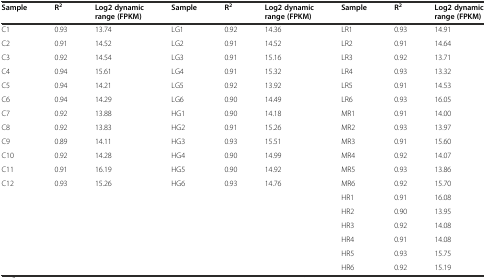
<table><thead><tr><td><b>Sample</b></td><td><b>R<sup>2</sup></b></td><td><b>Log2 dynamic range (FPKM)</b></td><td><b>Sample</b></td><td><b>R<sup>2</sup></b></td><td><b>Log2 dynamic range (FPKM)</b></td><td><b>Sample</b></td><td><b>R<sup>2</sup></b></td><td><b>Log2 dynamic range (FPKM)</b></td></tr></thead><tbody><tr><td>C1</td><td>0.93</td><td>13.74</td><td>LG1</td><td>0.92</td><td>14.36</td><td>LR1</td><td>0.93</td><td>14.91</td></tr><tr><td>C2</td><td>0.91</td><td>14.52</td><td>LG2</td><td>0.91</td><td>14.52</td><td>LR2</td><td>0.91</td><td>14.64</td></tr><tr><td>C3</td><td>0.92</td><td>14.54</td><td>LG3</td><td>0.91</td><td>15.16</td><td>LR3</td><td>0.92</td><td>13.71</td></tr><tr><td>C4</td><td>0.94</td><td>15.61</td><td>LG4</td><td>0.91</td><td>15.32</td><td>LR4</td><td>0.93</td><td>13.32</td></tr><tr><td>C5</td><td>0.94</td><td>14.21</td><td>LG5</td><td>0.92</td><td>13.92</td><td>LR5</td><td>0.91</td><td>14.53</td></tr><tr><td>C6</td><td>0.94</td><td>14.29</td><td>LG6</td><td>0.90</td><td>14.49</td><td>LR6</td><td>0.93</td><td>16.05</td></tr><tr><td>C7</td><td>0.92</td><td>13.88</td><td>HG1</td><td>0.90</td><td>14.18</td><td>MR1</td><td>0.91</td><td>14.00</td></tr><tr><td>C8</td><td>0.92</td><td>13.83</td><td>HG2</td><td>0.91</td><td>15.26</td><td>MR2</td><td>0.93</td><td>13.97</td></tr><tr><td>C9</td><td>0.89</td><td>14.11</td><td>HG3</td><td>0.93</td><td>15.51</td><td>MR3</td><td>0.91</td><td>15.60</td></tr><tr><td>C10</td><td>0.92</td><td>14.28</td><td>HG4</td><td>0.90</td><td>14.99</td><td>MR4</td><td>0.92</td><td>14.07</td></tr><tr><td>C11</td><td>0.91</td><td>16.19</td><td>HG5</td><td>0.90</td><td>14.92</td><td>MR5</td><td>0.93</td><td>13.86</td></tr><tr><td>C12</td><td>0.93</td><td>15.26</td><td>HG6</td><td>0.93</td><td>14.76</td><td>MR6</td><td>0.92</td><td>15.70</td></tr><tr><td></td><td></td><td></td><td></td><td></td><td></td><td>HR1</td><td>0.91</td><td>16.08</td></tr><tr><td></td><td></td><td></td><td></td><td></td><td></td><td>HR2</td><td>0.90</td><td>13.95</td></tr><tr><td></td><td></td><td></td><td></td><td></td><td></td><td>HR3</td><td>0.92</td><td>14.08</td></tr><tr><td></td><td></td><td></td><td></td><td></td><td></td><td>HR4</td><td>0.91</td><td>14.08</td></tr><tr><td></td><td></td><td></td><td></td><td></td><td></td><td>HR5</td><td>0.93</td><td>15.75</td></tr><tr><td></td><td></td><td></td><td></td><td></td><td></td><td>HR6</td><td>0.92</td><td>15.19</td></tr></tbody></table>